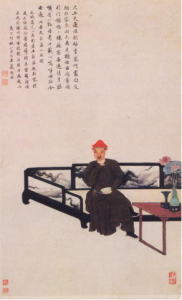
而今才道当时错，心绪凄迷。